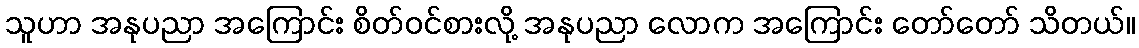
သူဟာ အနုပညာ အကြောင်း စိတ်ဝင်စားလို့ အနုပညာ လောက အကြောင်း တော်တော် သိတယ်။